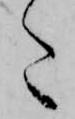
た